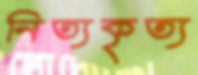
নিত্যকৃত্য